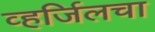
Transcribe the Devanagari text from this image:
व्हर्जिलचा